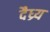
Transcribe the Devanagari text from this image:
दैध्र्य